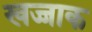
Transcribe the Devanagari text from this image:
खज्जाक